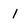
Character: l